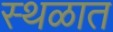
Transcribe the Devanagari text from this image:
स्थळात